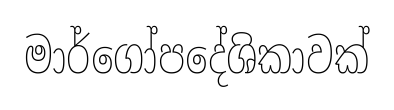
මාර්ගෝපදේශිකාවක්